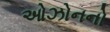
ઓઝોનનો